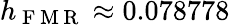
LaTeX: h_{\mathrm{~F~M~R~}}\approx 0.078778